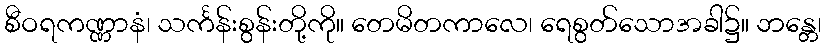
စီဝရကဏ္ဏာနံ၊ သင်္ကန်းစွန်းတို့ကို။ တေမိတကာလေ၊ ရေစွတ်သောအခါ၌။ ဘန္တေ၊